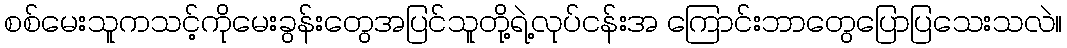
စစ်မေးသူကသင့်ကိုမေးခွန်းတွေအပြင်သူတို့ရဲ့လုပ်ငန်းအ ကြောင်းဘာတွေပြောပြသေးသလဲ။